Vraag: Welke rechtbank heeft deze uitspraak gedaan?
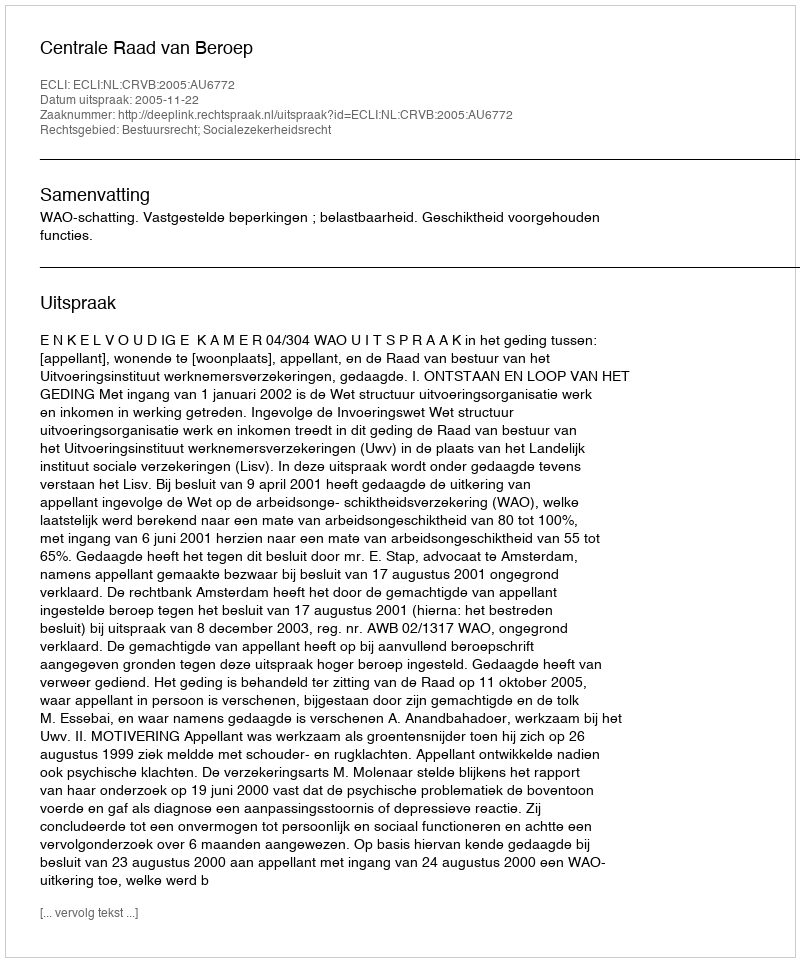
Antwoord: Centrale Raad van Beroep